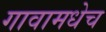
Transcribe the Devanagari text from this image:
गावामधेच